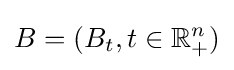
B=(B_{t},t\in \mathbb {R} _{+}^{n})